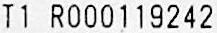
T1 R000119242